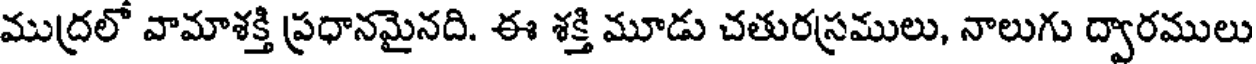
ముద్రలో వామాశక్తి ప్రధానమైనది. ఈ శక్తి మూడు చతురస్రములు, నాలుగు ద్వారములు